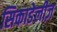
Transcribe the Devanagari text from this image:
सिकाडेलीज़